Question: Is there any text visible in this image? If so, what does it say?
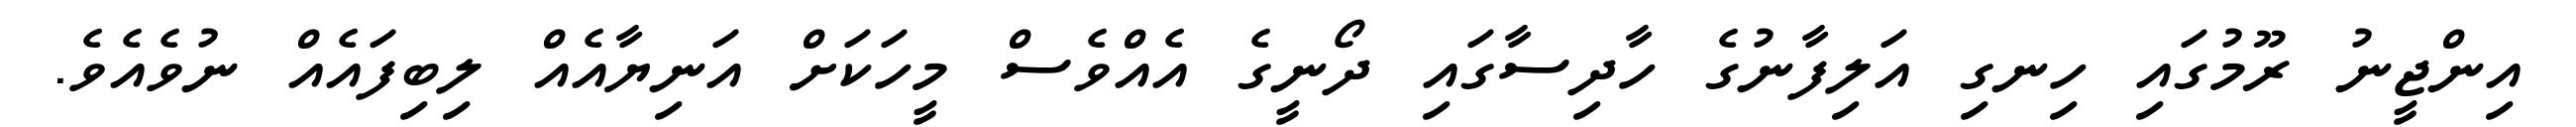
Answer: އިންޖީނު ރޫމުގައި ހިނގި އަލިފާނުގެ ހާދިސާގައި ދޯނީގެ އެއްވެސް މީހަކަށް އަނިޔާއެއް ލިބިފައެއް ނުވެއެވެ.